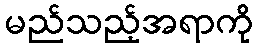
မည်သည့်အရာကို